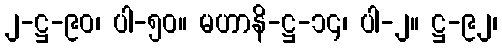
၂-ဋ္ဌ-၉၀၊ ပါ-၅၀။ မဟာနိ-ဋ္ဌ-၁၄၊ ပါ-၂။ ဋ္ဌ-၉၂၊